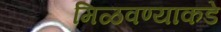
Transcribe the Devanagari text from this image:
मिळवण्याकडे